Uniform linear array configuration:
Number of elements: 4
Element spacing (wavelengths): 0.25
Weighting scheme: uniform
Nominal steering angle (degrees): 0
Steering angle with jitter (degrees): -1.493
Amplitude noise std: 0.05
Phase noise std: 0.05

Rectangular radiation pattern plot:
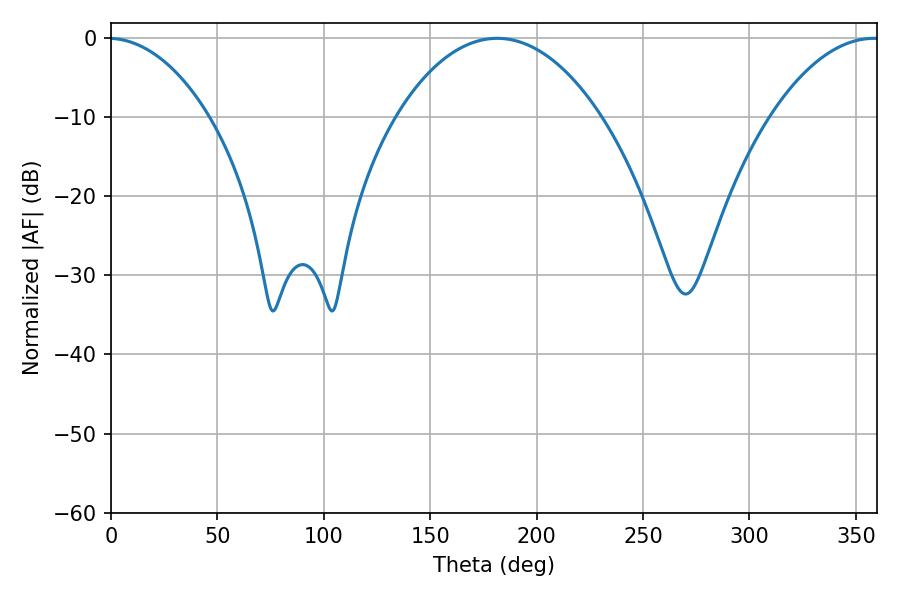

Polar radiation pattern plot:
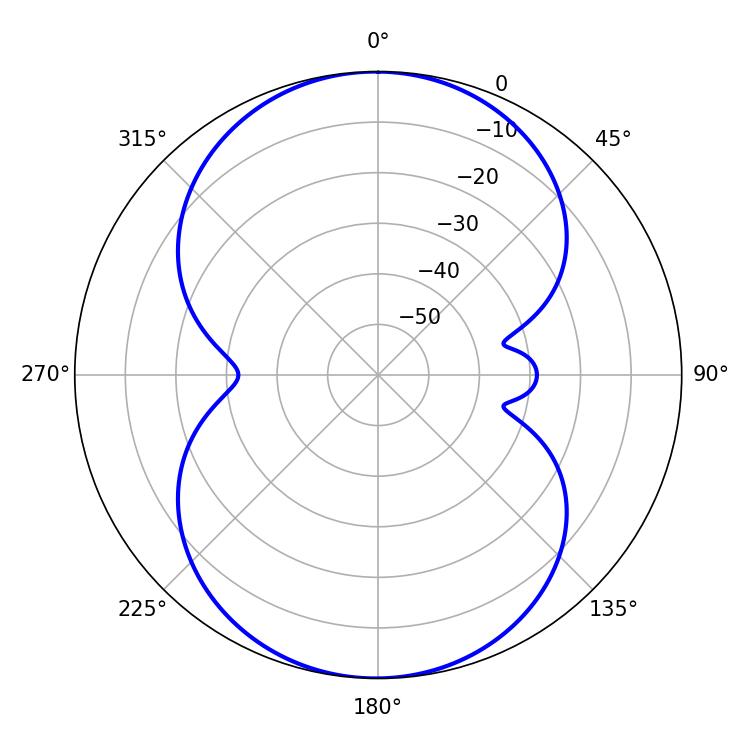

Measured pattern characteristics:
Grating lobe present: FALSE
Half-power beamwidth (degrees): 53.82
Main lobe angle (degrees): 181.44